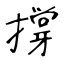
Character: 撐